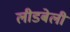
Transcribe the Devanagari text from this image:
लीडबेली